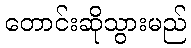
တောင်းဆိုသွားမည်